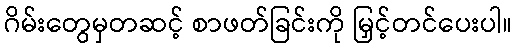
ဂိမ်းတွေမှတဆင့် စာဖတ်ခြင်းကို မြှင့်တင်ပေးပါ။